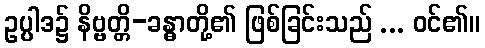
ဥပ္ပါဒ၌ နိဗ္ဗတ္တိ-ခန္ဓာတို့၏ ဖြစ်ခြင်းသည် ... ဝင်၏။